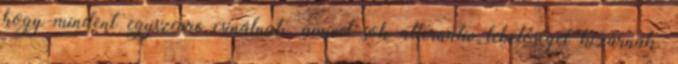
hogy mindent egyszerre csinálnak, amivel sok alternatív lehetőséget kizárnak.